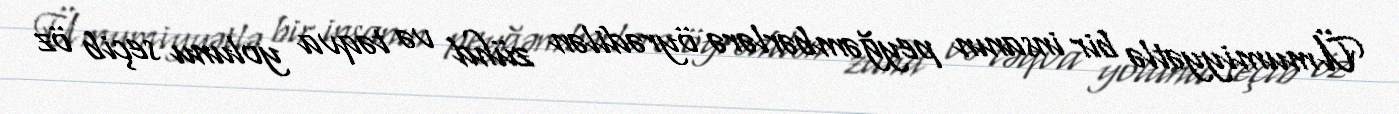
Ümumiyyətlə bir insanın peyğəmbərlərə öyrədilən zühd və təqva yolunu seçib öz